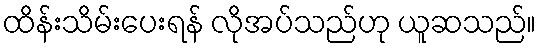
ထိန်းသိမ်းပေးရန် လိုအပ်သည်ဟု ယူဆသည်။